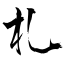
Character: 札